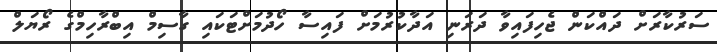
ސަރުކާރަށް ދައްކަން ޖެހިފައިވާ ދަރަނި އަދާކުރުމަށް ފައިސާ ހޯދުމަށްޓަކައި ގާސިމް އިބްރާހިމްގެ ރޯޔަލް